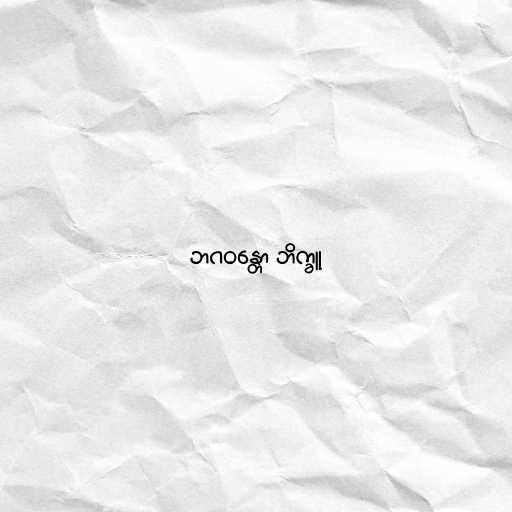
ဘဂဝန္တော ဘိက္ခူ